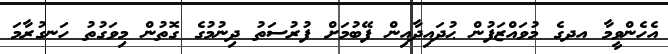
އެހެންވީމާ އދގެ މުވައްޒަފުން ޙުދައިދާއިން ފޭބުމަށް ފުރުސަތު ދިނުމުގެ ގޮތުން މިވަގުތު ހަނގުރާމަ